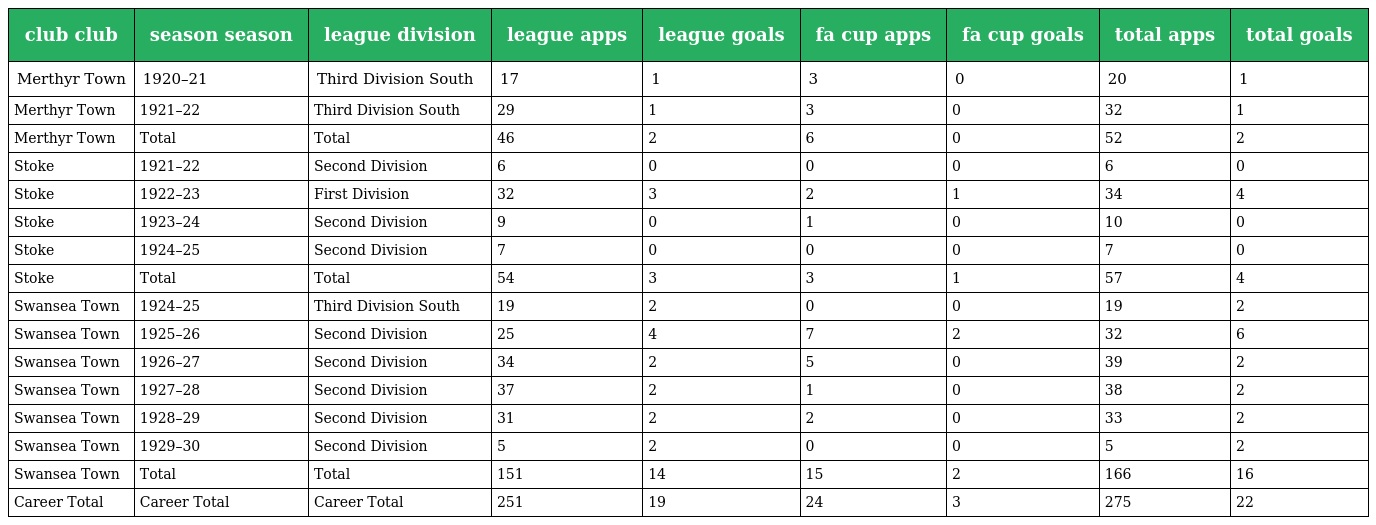
| club club | season season | league division | league apps | league goals | fa cup apps | fa cup goals | total apps | total goals |
 | --- | --- | --- | --- | --- | --- | --- | --- | --- |
 | Merthyr Town | 1920–21 | Third Division South | 17 | 1 | 3 | 0 | 20 | 1 |
 | Merthyr Town | 1921–22 | Third Division South | 29 | 1 | 3 | 0 | 32 | 1 |
 | Merthyr Town | Total | Total | 46 | 2 | 6 | 0 | 52 | 2 |
 | Stoke | 1921–22 | Second Division | 6 | 0 | 0 | 0 | 6 | 0 |
 | Stoke | 1922–23 | First Division | 32 | 3 | 2 | 1 | 34 | 4 |
 | Stoke | 1923–24 | Second Division | 9 | 0 | 1 | 0 | 10 | 0 |
 | Stoke | 1924–25 | Second Division | 7 | 0 | 0 | 0 | 7 | 0 |
 | Stoke | Total | Total | 54 | 3 | 3 | 1 | 57 | 4 |
 | Swansea Town | 1924–25 | Third Division South | 19 | 2 | 0 | 0 | 19 | 2 |
 | Swansea Town | 1925–26 | Second Division | 25 | 4 | 7 | 2 | 32 | 6 |
 | Swansea Town | 1926–27 | Second Division | 34 | 2 | 5 | 0 | 39 | 2 |
 | Swansea Town | 1927–28 | Second Division | 37 | 2 | 1 | 0 | 38 | 2 |
 | Swansea Town | 1928–29 | Second Division | 31 | 2 | 2 | 0 | 33 | 2 |
 | Swansea Town | 1929–30 | Second Division | 5 | 2 | 0 | 0 | 5 | 2 |
 | Swansea Town | Total | Total | 151 | 14 | 15 | 2 | 166 | 16 |
 | Career Total | Career Total | Career Total | 251 | 19 | 24 | 3 | 275 | 22 |